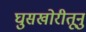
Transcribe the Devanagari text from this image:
घुसखोरीतूनु